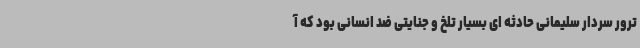
ترور سردار سلیمانی حادثه ای بسیار تلخ و جنایتی ضد انسانی بود که آ